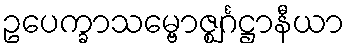
ဥပေက္ခာသမ္ဗောဇ္ဈင်္ဂဋ္ဌာနီယာ